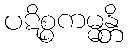
ပဋိစ္စကမ္မန္တိ